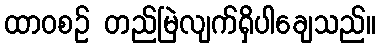
ထာဝစဉ် တည်မြဲလျက်ရှိပါချေသည်။